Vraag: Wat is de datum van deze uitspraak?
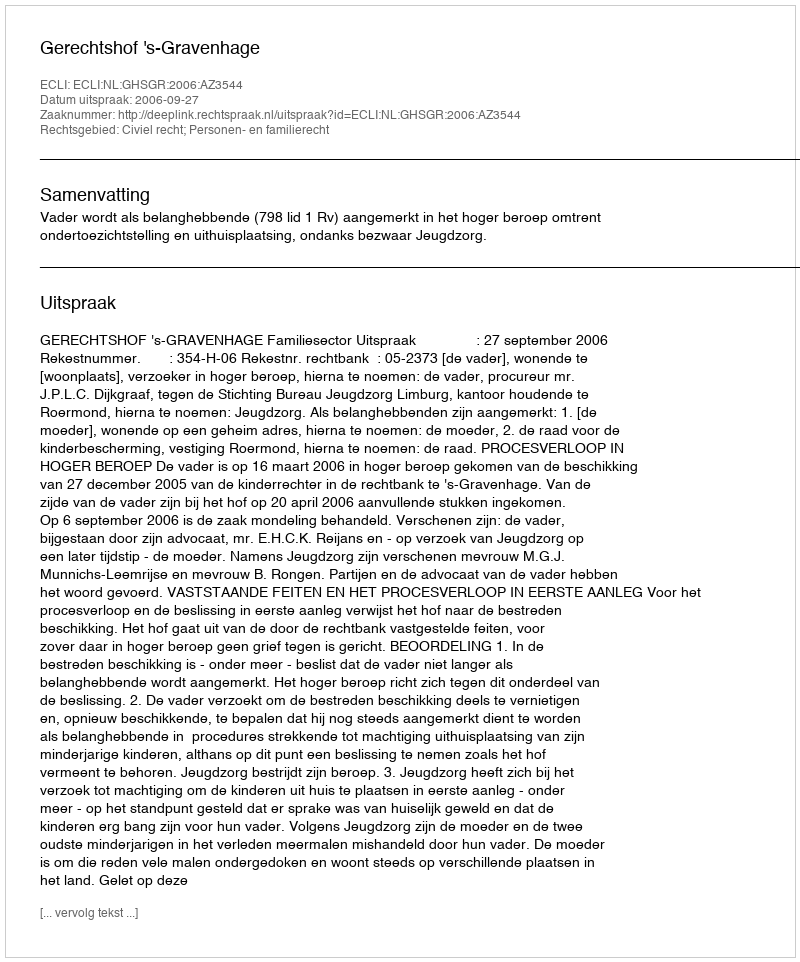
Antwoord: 2006-09-27